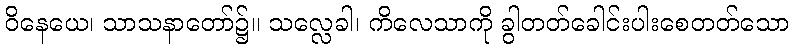
ဝိနေယေ၊ သာသနာတော်၌။ သလ္လေခါ၊ ကိလေသာကို ခွါတတ်ခေါင်းပါးစေတတ်သော